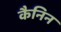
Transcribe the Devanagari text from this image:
कैनिन